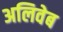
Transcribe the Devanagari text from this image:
अलिवेब